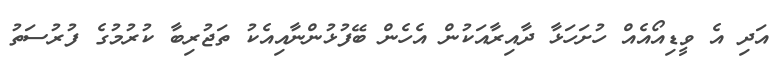
އަދި އެ ވީޑިއޯއެއް ހުށަހަޅާ ދާއިރާއަކުން އެހެން ބޭފުޅުންނާއިއެކު ތަޖުރިބާ ކުރުމުގެ ފުރުސަތު